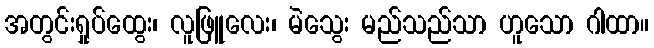
အတွင်းရှုပ်ထွေး၊ လူဖြူလေး၊ မဲသွေး မည်သည်သာ ဟူသော ဂါထာ။